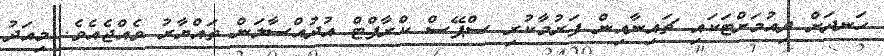
ހަނދަށް ދިއުމަށްޓަކައި ޗައިނާއިން ފަރުމާކުރި ސްޕޭސް ކްރާފްޓް އުދުއްސާލަން ތައްޔާރު ވެއްޖެއެވެ. މިއަދު